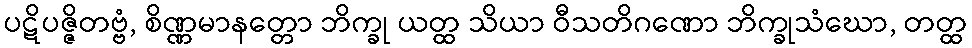
ပဋိပဇ္ဇိတဗ္ဗံ, စိဏ္ဏမာနတ္တော ဘိက္ခု ယတ္ထ သိယာ ဝီသတိဂဏော ဘိက္ခုသံဃော, တတ္ထ